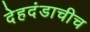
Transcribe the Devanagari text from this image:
देहदंडाचीच